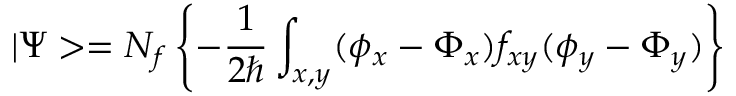
| \Psi > = N _ { f } \left\{ - \frac 1 { 2 \hbar } \int _ { x , y } ( \phi _ { x } - \Phi _ { x } ) f _ { x y } ( \phi _ { y } - \Phi _ { y } ) \right\}